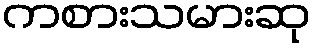
ကစားသမားဆု